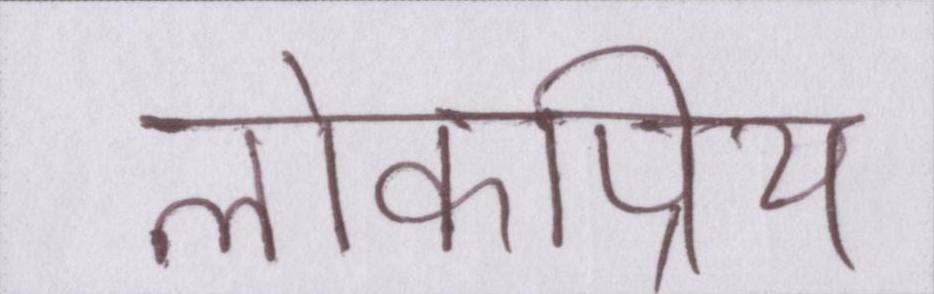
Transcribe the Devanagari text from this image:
लोकप्रिय